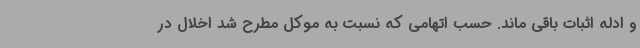
و ادله اثبات باقی ماند. حسب اتهامی که نسبت به موکل مطرح شد اخلال در